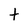
Character: t